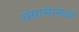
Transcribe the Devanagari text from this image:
संग्रामामध्ये